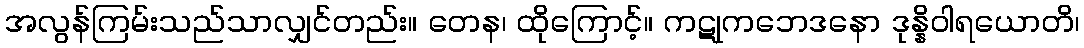
အလွန်ကြမ်းသည်သာလျှင်တည်း။ တေန၊ ထိုကြောင့်။ ကဋုကဘေဒနော ဒုန္နိဝါရယောတိ၊